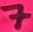
Text: 7